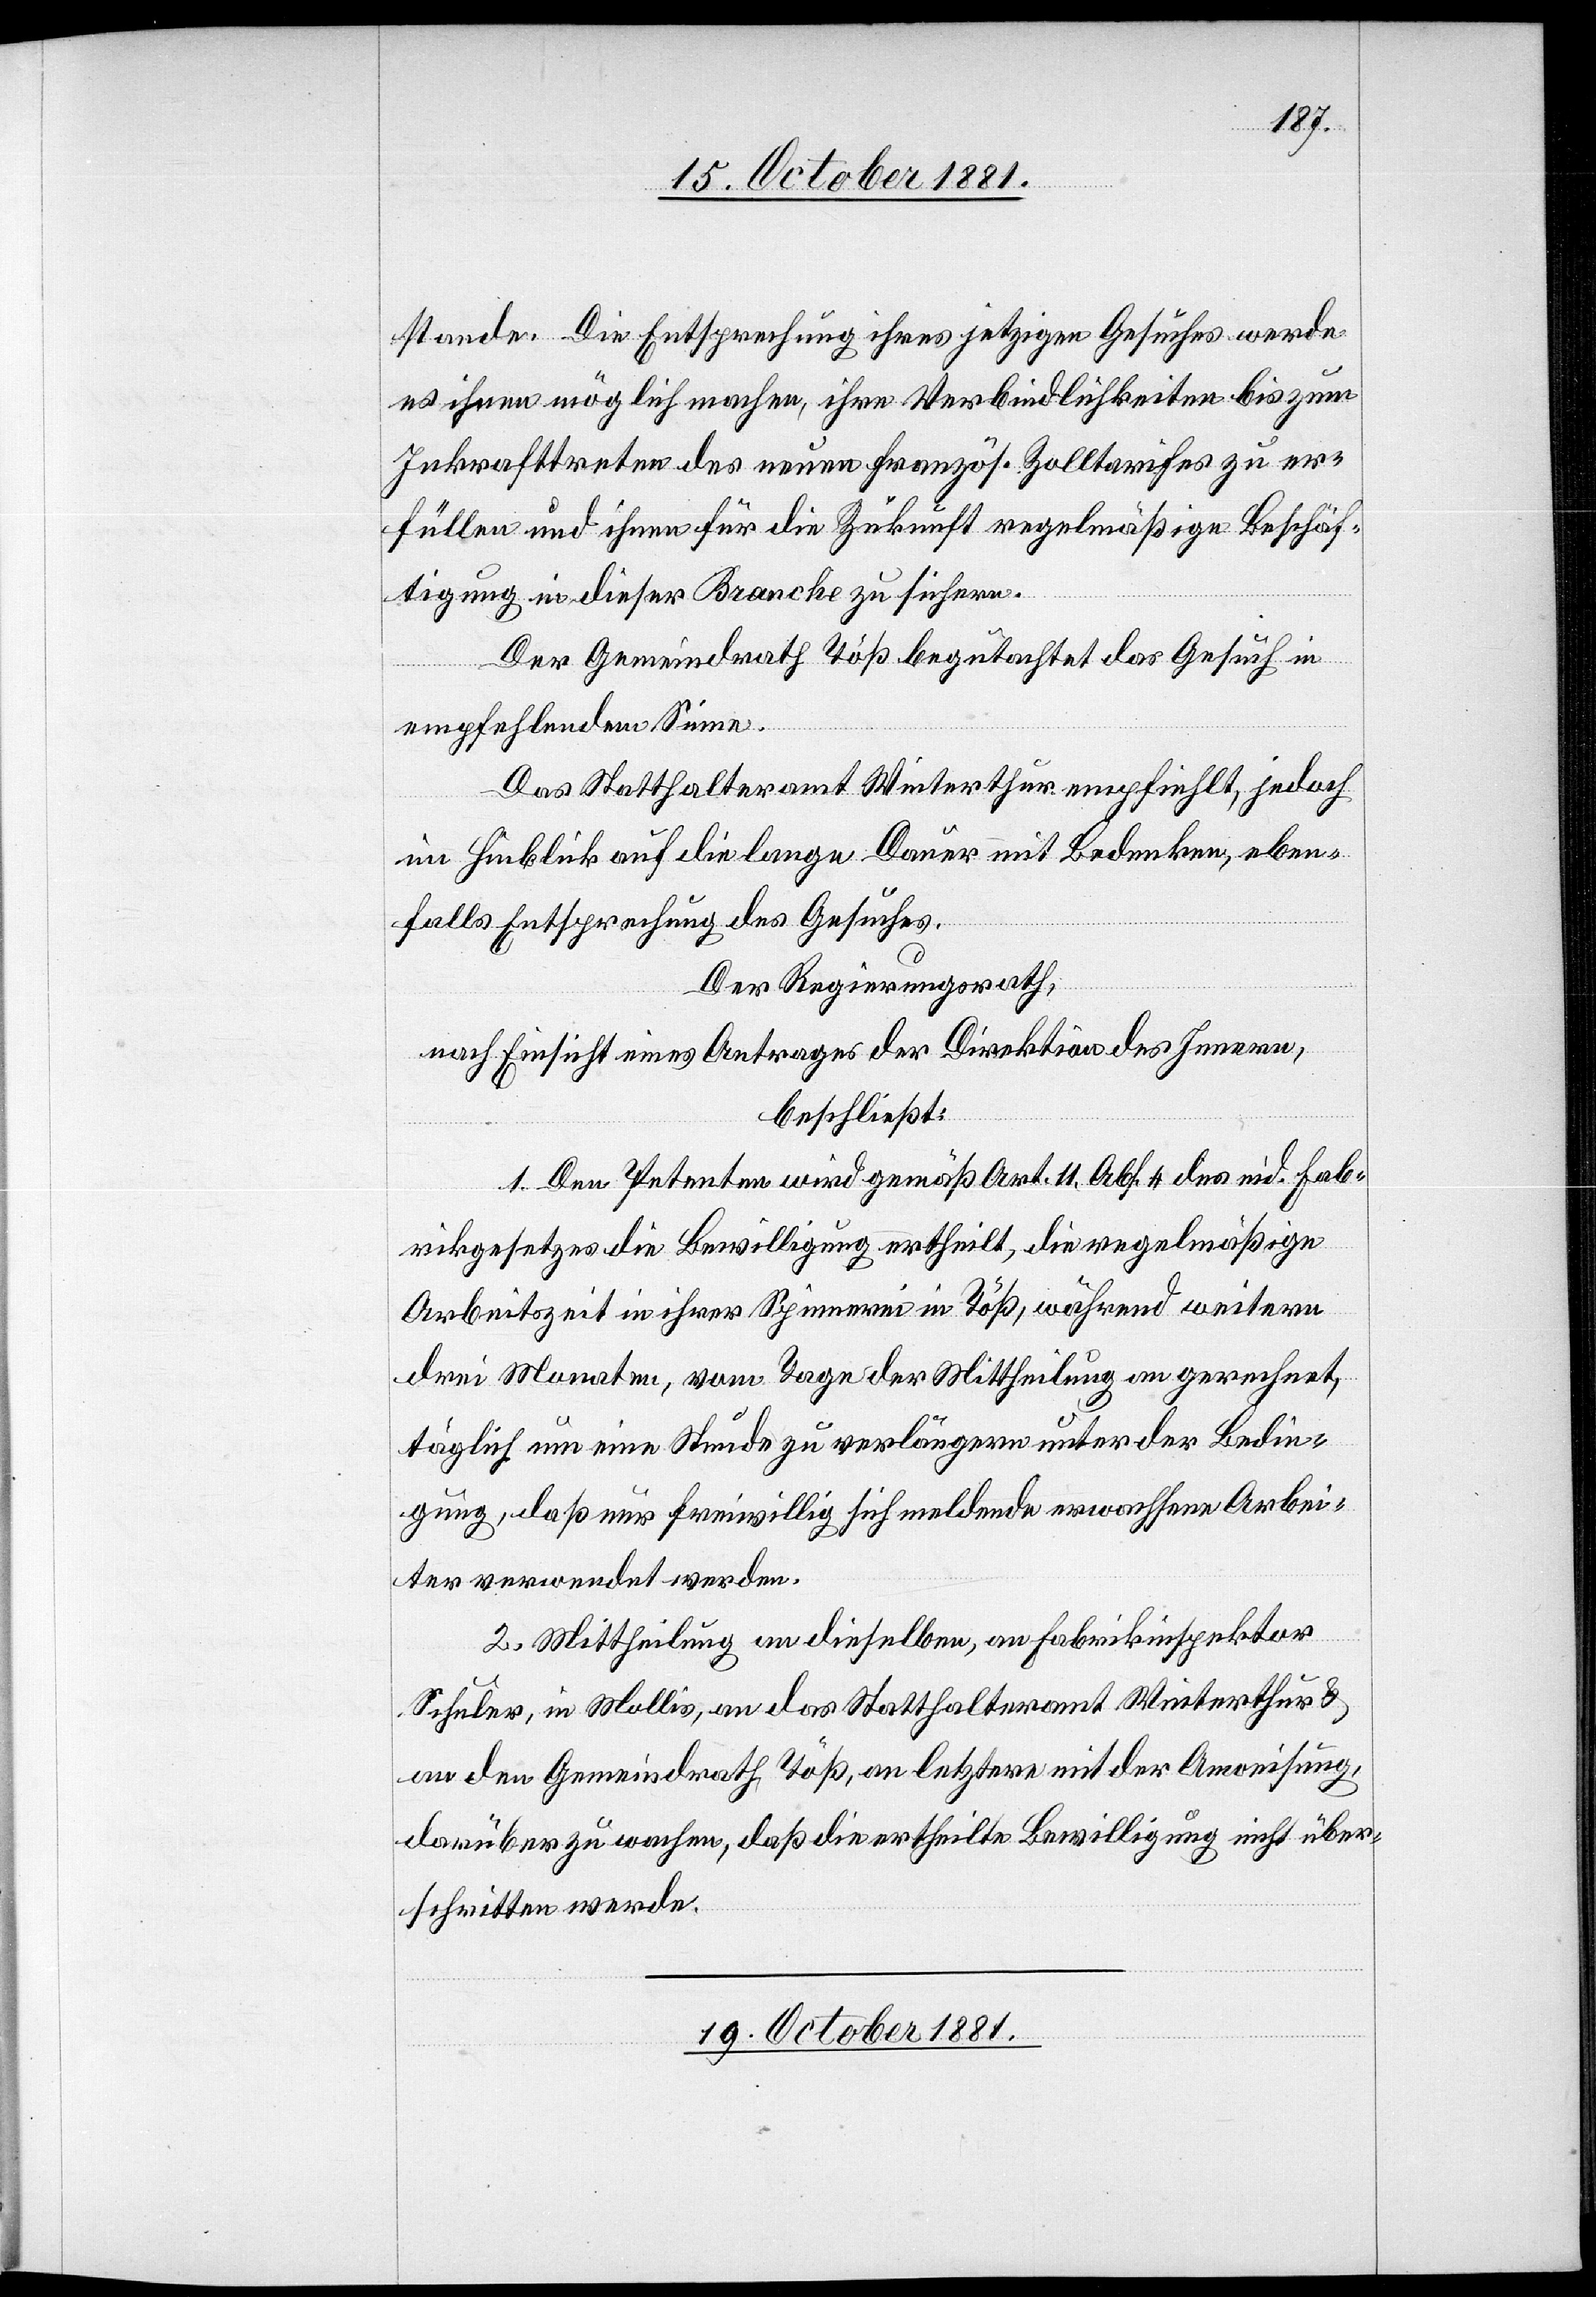
stand. Die Entsprechung ihres jetzigen Gesuches werde
es ihnen möglich machen, ihre Verbindlichkeiten bis zum
Inkrafttreten des neuen französ. Zolltarifes zu er¬
füllen und ihnen für die Zukunft regelmäßige Beschäf¬
tigung in dieser Branche zusichern.
Der Gemeindrath Töß begutachtet das Gesuch in
empfehlendem Sinne.
Das Statthalteramt Winterthur empfiehlt, jedoch
im Hinblick auf die lange Dauer mit Bedenken, eben¬
falls Entsprechung des Gesuches.
Der Regierungsrath,
nach Einsicht eines Antrages Direktion des Innern,
beschließt:
1. Dem Petenten wird gemäß Art. 11, Abs. 4 des eid. Fab¬
rikgesetzes die Bewilligung ertheilt, die regelmäßige
Arbeitszeit in ihrer Spinnerei in Töß, während weitern
drei Monaten, vom Tage der Mittheilung an gerechnet,
täglich um eine Stunde zu verlängern unter der Bedin¬
gung, daß nur freiwillig sich meldende erwachsene Arbei¬
ter verwendet werden.
2. Mittheilung an dieselben, an Fabrikinspektor
Schuler, in Mollis, an das Statthalteramt Winterthur &
an den Gemeindrath Töß, an letztern mit der Anweisung,
darüber zu wachen, daß die ertheilte Bewilligung nicht über¬
schritten werde.
19. October 1881.